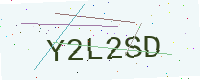
Text: Y2L2SD